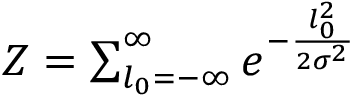
\begin{array} { r } { Z = \sum _ { l _ { 0 } = - \infty } ^ { \infty } e ^ { - \frac { l _ { 0 } ^ { 2 } } { 2 \sigma ^ { 2 } } } \, } \end{array}